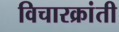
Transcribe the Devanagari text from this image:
विचारक्रांती